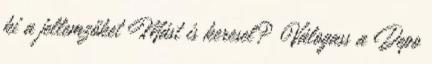
ki a jellemzőket Mást is keresel? Válogass a Depo